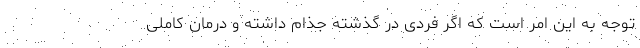
توجه به این امر است که اگر فردی در گذشته جذام داشته و درمان کاملی